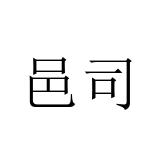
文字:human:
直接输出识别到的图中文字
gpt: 邑司